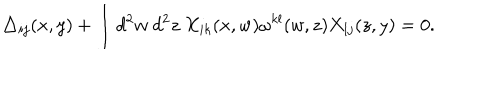
\triangle _ { i j } ( x , y ) + \int d ^ { 2 } w ~ d ^ { 2 } z ~ X _ { i k } ( x , w ) \omega ^ { k l } ( w , z ) X _ { l j } ( z , y ) = 0 .